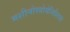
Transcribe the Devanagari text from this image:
मशीनोस्त्रोयेनिशिया